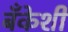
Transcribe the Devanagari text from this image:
बँकेशी